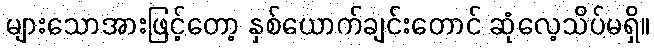
များသောအားဖြင့်တော့ နှစ်ယောက်ချင်းတောင် ဆုံလေ့သိပ်မရှိ။